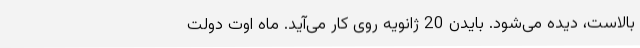
بالاست، دیده می‌شود. بایدن 20 ژانویه روی کار می‌آید. ماه اوت دولت